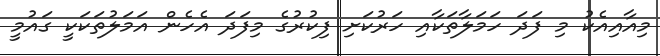
މިއާއިއެކު މި ފަދަ ހަމަލާތަކާއި ހަރުކަށި ފިކުރުގެ މިފަދަ އެހެން އަމަލުތަކަކީ ގައުމީ